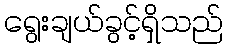
ရွေးချယ်ခွင့်ရှိသည်